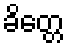
ခိတ္တေ